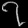
Digit: ၇